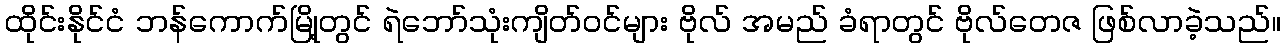
ထိုင်းနိုင်ငံ ဘန်ကောက်မြို့တွင် ရဲဘော်သုံးကျိတ်ဝင်များ ဗိုလ် အမည် ခံရာတွင် ဗိုလ်တေဇ ဖြစ်လာခဲ့သည်။